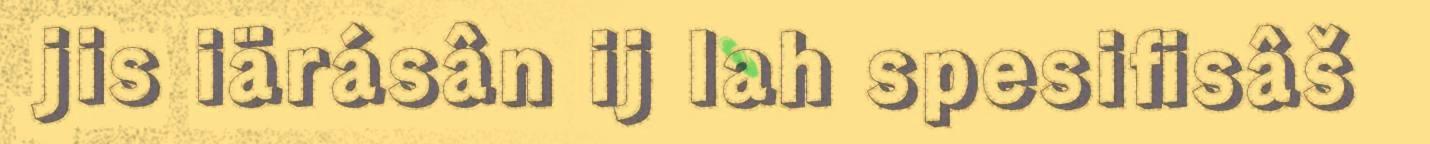
jis iärásân ij lah spesifisâš